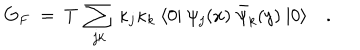
G _ { F } ~ = ~ T ~ \sum _ { j k } \, \kappa _ { j } \kappa _ { k } ~ \langle 0 | ~ \psi _ { j } ( x ) ~ \bar { \psi } _ { k } ( y ) ~ | 0 \rangle \quad .